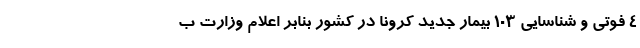
۴ فوتی و شناسایی ۱۰۳ بیمار جدید کرونا در کشور بنابر اعلام وزارت ب